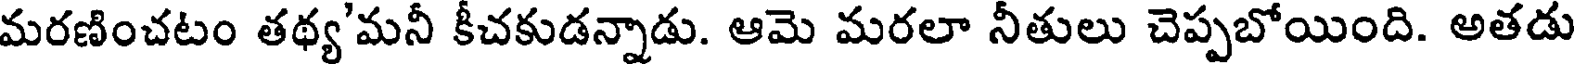
మరణించటం తథ్య'మనీ కీచకుడన్నాడు. ఆమె మరలా నీతులు చెప్పబోయింది. అతడు